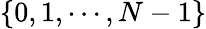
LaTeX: \{ 0,1,\cdots,N-1\}